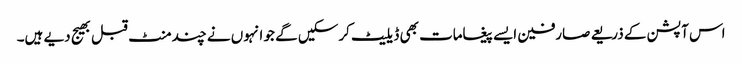
اس آپشن کے ذریعے صارفین ایسے پیغامات بھی ڈیلیٹ کرسکیں گے جو انہوں نے چند منٹ قبل بھیج دیے ہیں۔